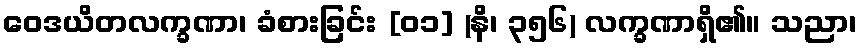
ဝေဒယိတလက္ခဏာ၊ ခံစားခြင်း [၀၁] (နိ၊ ၃၅၆) လက္ခဏာရှိ၏။ သညာ၊